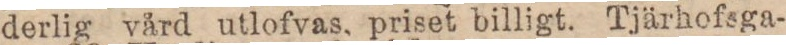
derlig vård utlofvas, priset billigt. Tjärhofsga-